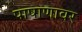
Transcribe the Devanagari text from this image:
पाषाणावर